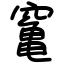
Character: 䆴